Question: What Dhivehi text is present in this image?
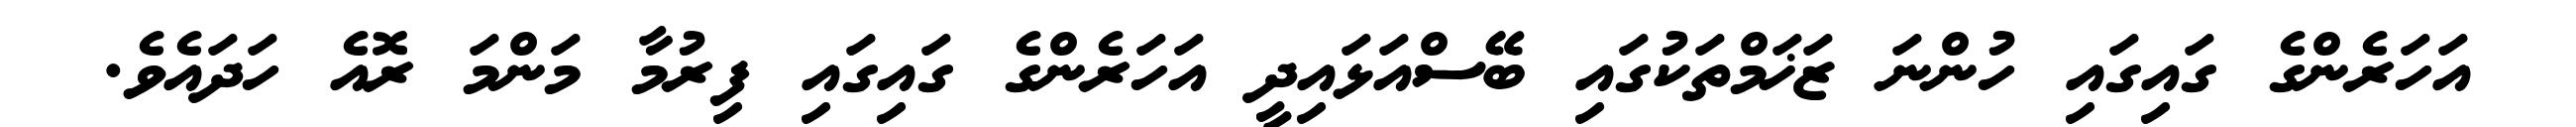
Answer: އަހަރެންގެ ގައިގައި ހުންނަ ޒަޚަމްތަކުގައި ބޭސްއަޅައިދީ އަހަރެންގެ ގައިގައި ފިރުމާ މަންމަ ރޮއެ ހަދައެވެ.